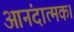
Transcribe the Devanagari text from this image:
आनंदात्मक।